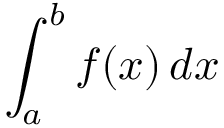
\int _ { a } ^ { b } f ( x ) \, d x